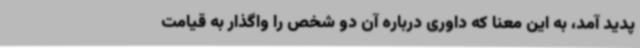
پدید آمد، به این معنا که داوری درباره آن دو شخص را واگذار به قیامت